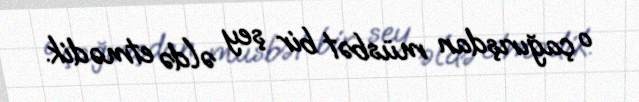
o çağırışdan müsbət bir şey əldə etmədik.